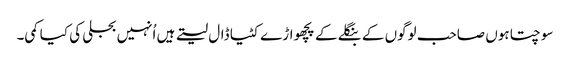
سوچتا ہوں صاحب لوگوں کے بنگلے کے پچھواڑے کٹیا ڈال لیتے ہیں اُنہیں بجلی کی کیا کمی۔